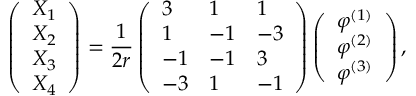
\left( \begin{array} { l } { { X _ { 1 } } } \\ { { X _ { 2 } } } \\ { { X _ { 3 } } } \\ { { X _ { 4 } } } \end{array} \right) = \frac { 1 } { 2 r } \left( \begin{array} { l l l } { { 3 } } & { { 1 } } & { { 1 } } \\ { { 1 } } & { { - 1 } } & { { - 3 } } \\ { { - 1 } } & { { - 1 } } & { { 3 } } \\ { { - 3 } } & { { 1 } } & { { - 1 } } \end{array} \right) \left( \begin{array} { l } { { \varphi ^ { ( 1 ) } } } \\ { { \varphi ^ { ( 2 ) } } } \\ { { \varphi ^ { ( 3 ) } } } \end{array} \right) ,